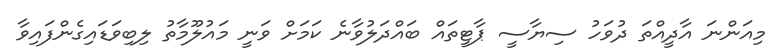
މިއަންނަ އާދީއްތަ ދުވަހު ސިޔާސީ ޕާޓީތައް ބައްދަލުވާނެ ކަމަށް ވަނީ މައުލޫމާތު ލިބިވަޑައިގެންފައިވާ